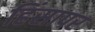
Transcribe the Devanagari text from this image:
हिंसापर